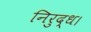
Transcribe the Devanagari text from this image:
निरुद्ध।